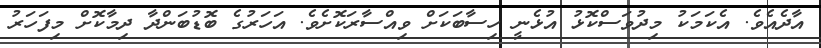
އާދެއެވެ. އެކަމަކު މިދުވަސްކޮޅު އުޅެނީ ހިސާބަކަށް ވިއްސާރަކޮށެވެ. އަހަރުގެ ބޮޑުބަންދާ ދިމާކޮށް މިފަހަރު